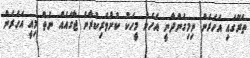
ތެރޭގައި އަހަރެން ނިމިގެންދާނީ އެހެން މީހަކު ކުށްވެރިކުރާނެ ޖާގައެއް ނެތް މިއީ އަހަރެން